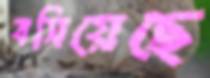
বসিয়েছে